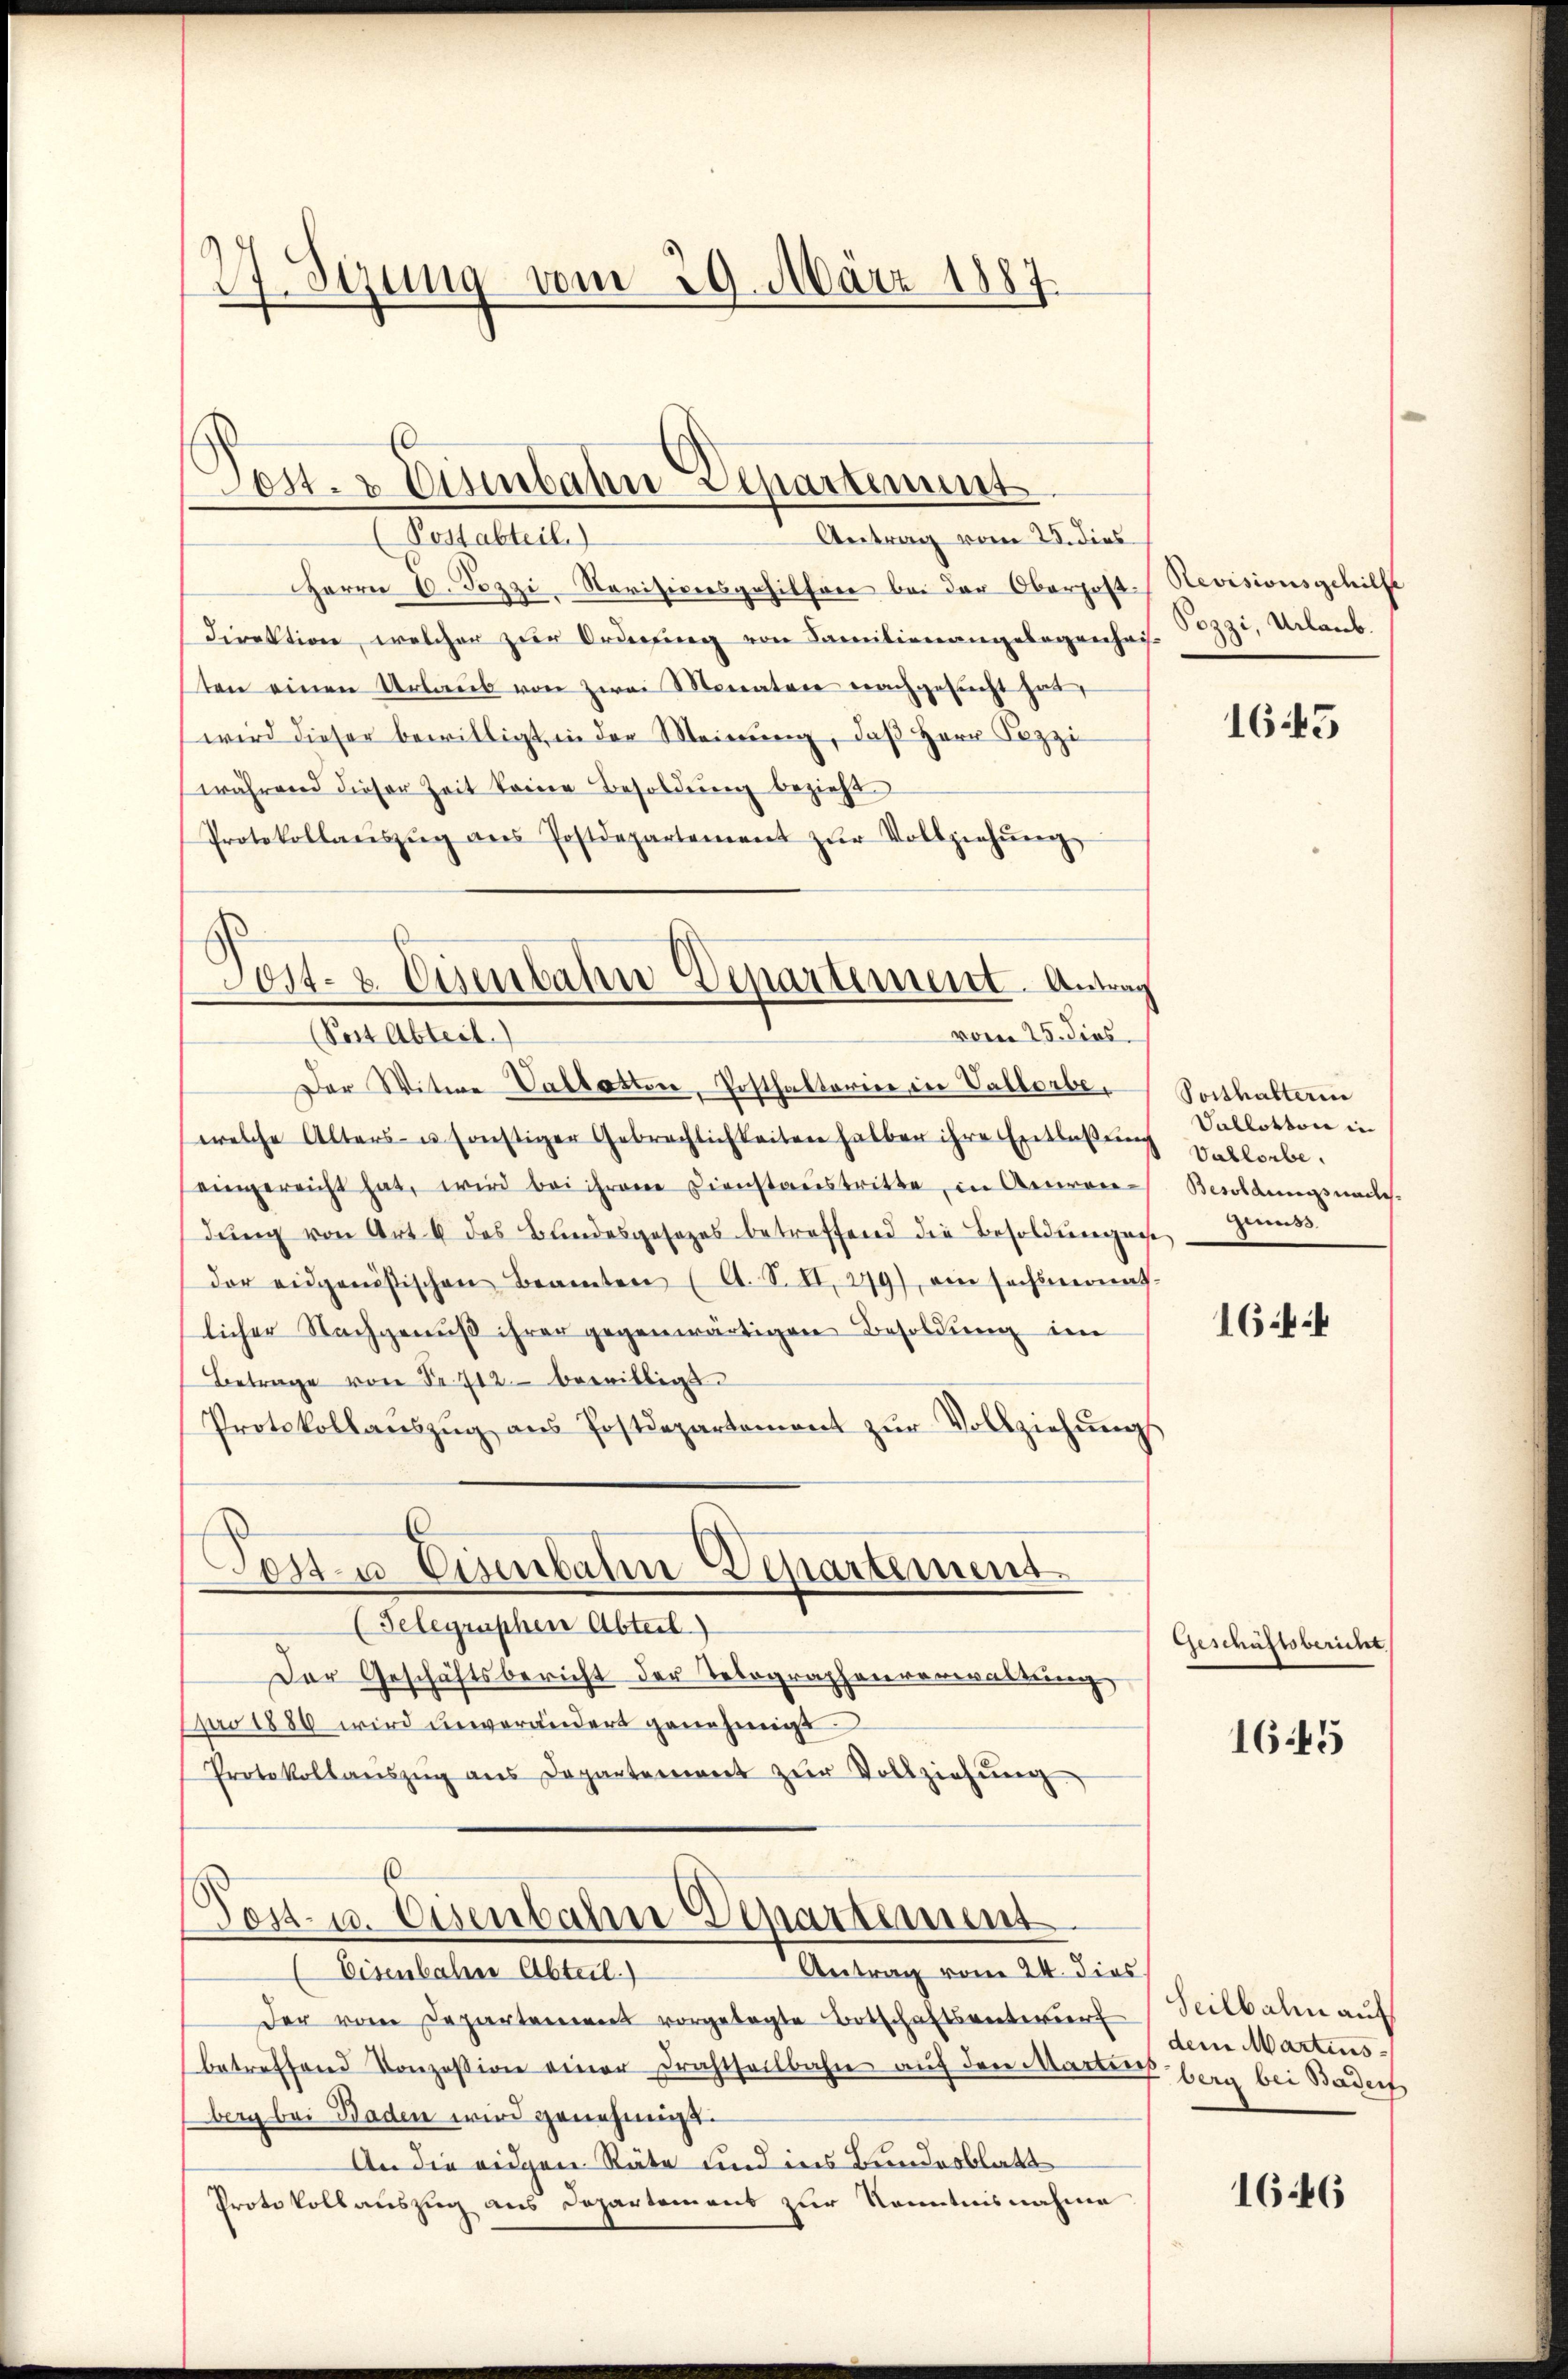
27. Sezung vom 29. März 1887.

Post- & Eisenbahn-Departement
Postabteil)
Antrag vom 25. dies

Post- & Eisenbahn Departement. Antrag
(Post Abteil.
vom 25. Jos.

Herrn D. Jozzi Revisionsgehilfen bei der Oberpost-Revisionsgehilfe
Direktion, welcher zur Ordnung von Familienangelegenheis. Dezzi, Urlaub.
sten einen Urlaub von zwei Monaten nachgesucht hat,
wird dieser bewilligt, in der Meinung, daß Herr Sozzi
während dieser Zeit keine Besoldung bezieht.
Protokollaŭszŭg ans Postdepartement zŭr Vollziehŭng
Der Witwe Vallotten, Postfaktorier in Vallorbe,
welche Alters- u. sonstiger Gebrachlichkeiten halber ihre Entlaßung
eingereicht hat, wird bei ihrene Dienstaustritte, in Aeuren-
dŭng von Art. 4 des Bŭndesgesezes betreffend die Besoldŭngen zŭms.
der eidgenössischen Beamten (lt. S. II., 279), ein sechsmonat
licher Nachgenuß ihrer gegenwärtigen Besoldung im
Betrage von Fr. 712 bewilligt.
Protokollaŭszŭg aŭs Postdepartement zŭr Vollziehŭngs
Post- u Eisenbahn-Departement.
(Gelegraphen Abteil.
Der Geschäftsbericht der Telegraphenverwaltung
pro 1880 wird unverändert genehmigt
Protokollanszŭg ans Departement zŭr Vollziehŭng
s
Post- u. Osenbahn Departement
Antrag vom 24. dies
Eisenbahne Abteil)
der vom Departement vorgelegte Botschaftsentwurf
betreffend Konzession einer Drahtheilbahn auf den Marter berg bei Baden
berg bei Baden wird genehmigt.
An die eigen Räte und ins Bundesblatt
Protokollauszug aus Departement zur Kenntnisnahme

1645

Posthalterin
Vallottore in
Vablorbe
Besoldungsmache.

1644

Geschäftsbericht

1645

Seilbahn auf
dem Martins

1646